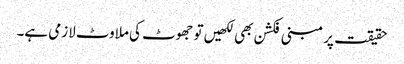
حقیقت پر مبنی فکشن بھی لکھیں تو جھوٹ کی ملاوٹ لازمی ہے۔